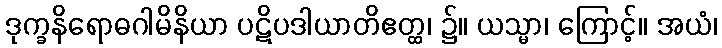
ဒုက္ခနိရောဓဂါမိနိယာ ပဋိပဒါယာတိဧတ္ထ၊ ၌။ ယသ္မာ၊ ကြောင့်။ အယံ၊